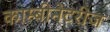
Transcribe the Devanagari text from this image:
काम्बीनेटरीज